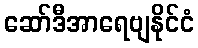
ဆော်ဒီအာရေဗျနိုင်ငံ